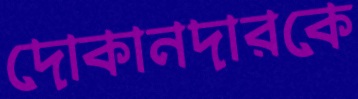
দোকানদারকে